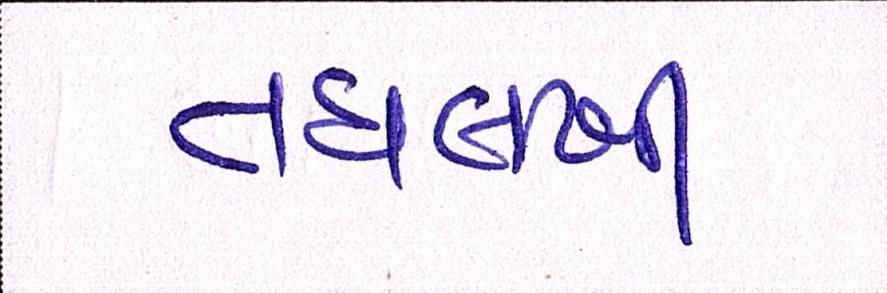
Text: તઘલખી